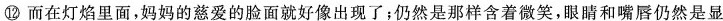
⑫而在灯焰里面，妈妈的慈爱的脸面就好像出了；仍然是那样含着微笑，眼睛和仍然是显